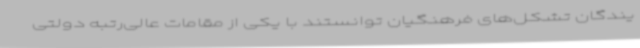
یندگان تشکل‌های فرهنگیان توانستند با یکی از مقامات عالی‌رتبه دولتی